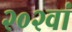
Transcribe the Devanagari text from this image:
२०२वां